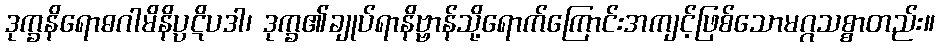
ဒုက္ခနိရောဓဂါမိနိပ္ပဋိပဒါ၊ ဒုက္ခ၏ချုပ်ရာနိဗ္ဗာန်သို့ရောက်ကြောင်းအကျင့်ဖြစ်သောမဂ္ဂသစ္စာတည်း။